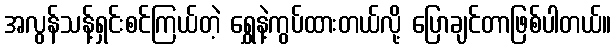
အလွန်သန့်ရှင်းစင်ကြယ်တဲ့ ရွှေနဲ့ကွပ်ထားတယ်လို့ ပြောချင်တာဖြစ်ပါတယ်။